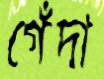
গেঁদা